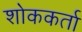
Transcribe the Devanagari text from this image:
शोककर्ता